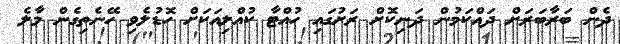
ދެން ބަރާބަރަށް ދައްކަމުން ދަނިކޮށް ރަށުގައި ހުއްޓާ ކުއްލިއަކަށް ހޮޑުލެވި ހޭނެތިގެން މާލެ